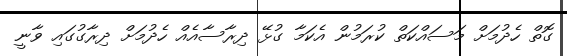
ގޮތް ހެދުމަށް މަސައްކަތް ކުރަމުން އެކަމާ ގުޅޭ ދިރާސާއެއް ހެދުމަށް ދިރާގުގައި ވާނީ